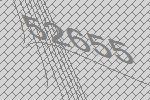
52655